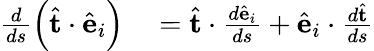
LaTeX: \begin{array}{rl}{\frac{d}{ds}\left(\hat{\mathbf t}\cdot\hat{\mathbf e}_{i}\right)}&{{}=\hat{\mathbf t}\cdot\frac{d\hat{\mathbf e}_{i}}{ds}+\hat{\mathbf e}_{i}\cdot\frac{d\hat{\mathbf t}}{ds}}\end{array}